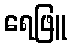
ရေဖြူ